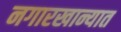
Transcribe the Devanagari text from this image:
नगारखान्यात